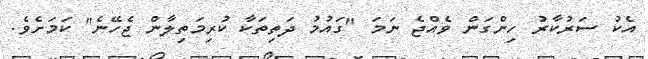
އެކު ސަރުކާރު ހިންގަން ވެއްޖެ ނަމަ "ގައުމު ދަތިތަކާ ކުރިމަތިލާން ޖެހޭނެ" ކަމަށެވެ.